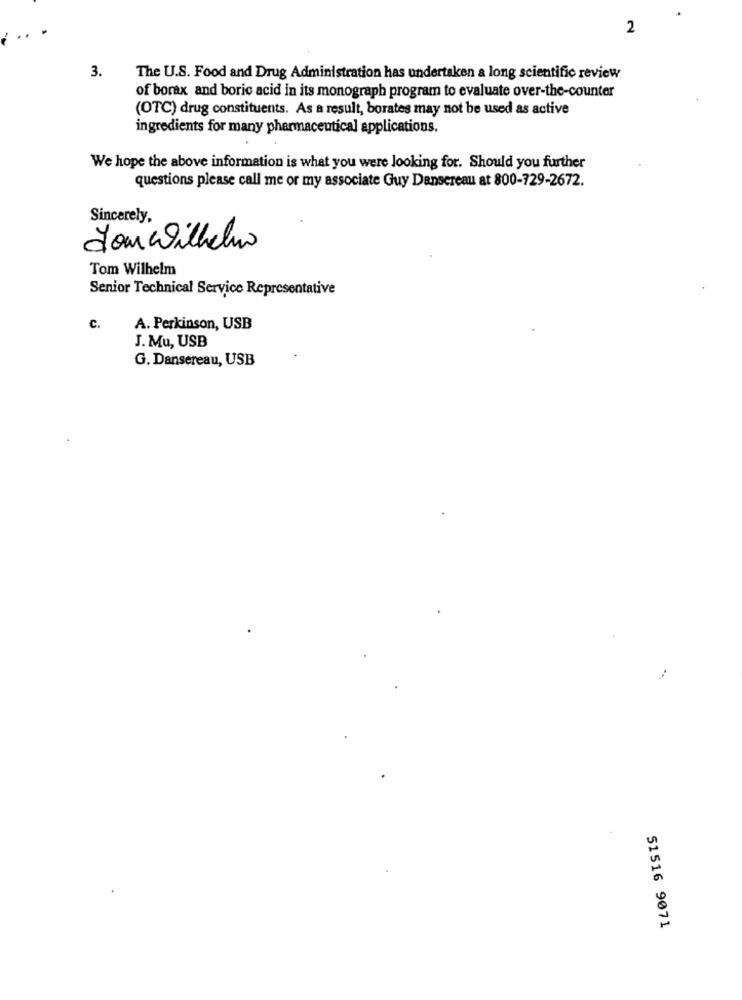
2
3.
The U.S. Food and Drug Administration has undertaken a long scientific review
of borax and boric acid in its monograph program to evaluate over-the-counter
(OTC) drug constituents. As a result, borates may not be used as active
ingredients for many pharmaceutical applications.
We hope the above information is what you were looking for. Should you further
questions please call me or my associate Guy Dansereau at 800-729-2672.
Sincerely,
dom Willchno
Tom Wilhelm
Senior Technical Service Representative
c.
A. Perkinson, USB
J. Mu, USB
G. Dansereau, USB
51516 9071